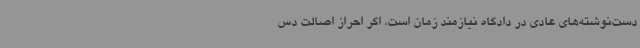
دست‌نوشته‌های عادی در دادگاه نیازمند زمان است، اگر احراز اصالت دس